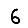
Digit: 6